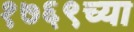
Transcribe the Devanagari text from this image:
१७६९च्या